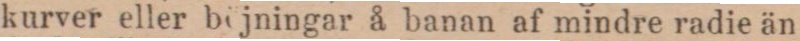
kurver eller böjningar å banan af mindre radie än